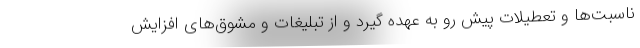
ناسبت‌ها و تعطیلات پیش ‌رو به عهده گیرد و از تبلیغات و مشوق‌های افزایش